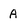
Character: A